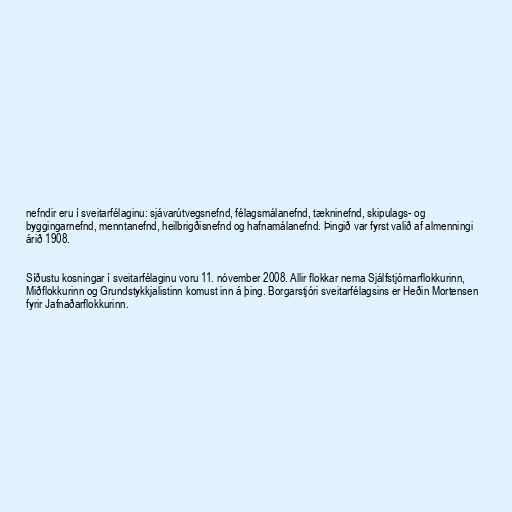
nefndir eru í sveitarfélaginu: sjávarútvegsnefnd, félagsmálanefnd, tækninefnd, skipulags- og
byggingarnefnd, menntanefnd, heilbrigðisnefnd og hafnamálanefnd. Þingið var fyrst valið af almenningi
árið 1908.

Síðustu kosningar í sveitarfélaginu voru 11. nóvember 2008. Allir flokkar nema Sjálfstjórnarflokkurinn,
Miðflokkurinn og Grundstykkjalistinn komust inn á þing. Borgarstjóri sveitarfélagsins er Heðin Mortensen
fyrir Jafnaðarflokkurinn.